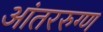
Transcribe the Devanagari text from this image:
आंतररुग्ण